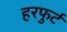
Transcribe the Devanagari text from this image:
हरफुर्ट